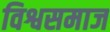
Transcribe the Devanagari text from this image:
विश्वसमाज